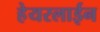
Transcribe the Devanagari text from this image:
हेयरलाईन